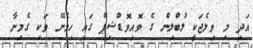
އަދި މި ވިލެޖަކީ ލުބްލިން ގެ ވޮއިވޮޑްޝިޕް ގައި ހިމެނޭ ވަކި ގެމިނާ